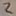
Text: 2